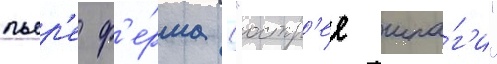
пьер'е ф'е́рма ("остр'ее шпа́г'и"